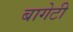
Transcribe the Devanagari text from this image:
बागेटी